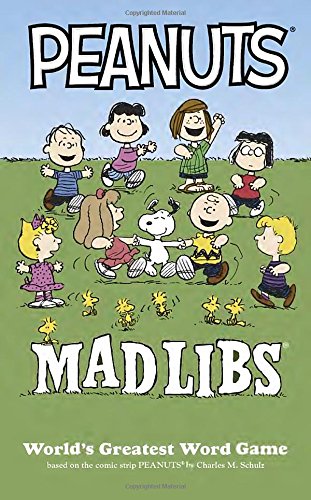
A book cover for Peanuts Mad Libs; Mickie Matheis; Children's Books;